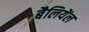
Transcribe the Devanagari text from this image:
बैलियेंल